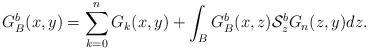
\begin{align*}G_{B}^{b}(x,y)=\sum_{k=0}^{n}G_{k}(x,y)+\int_{B}G^{b}_{B}(x,z)\mathcal{S}^{b}_{z}G_{n}(z,y)dz.\end{align*}